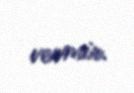
vermir.